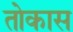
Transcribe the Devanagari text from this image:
तोकास